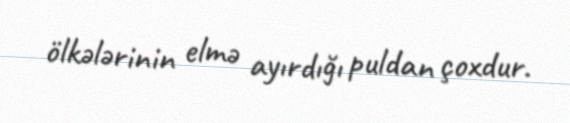
ölkələrinin elmə ayırdığı puldan çoxdur.